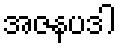
အဇနပဒါ